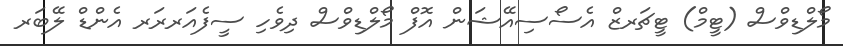
މޯލްޑިވްސް (ޓީމް) ޓީޗަރޒް އެސޯސިއޭޝަން އޮފް މޯލްޑިވްސް ދިވެހި ސީފެއަރރަރ އެންޑް ލޭބަރ